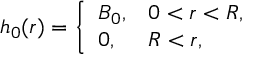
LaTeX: h _ { 0 } ( r ) = \left\{ \begin{array} { l l } { { \displaystyle B _ { 0 } , } } & { { 0 < r < R , } } \\ { { \displaystyle 0 , } } & { { R < r , } } \end{array} \right.